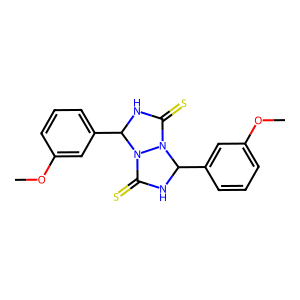
SMILES: COc1cccc(C2NC(=S)N3C(c4cccc(OC)c4)NC(=S)N23)c1
Inhibits HIV replication: No